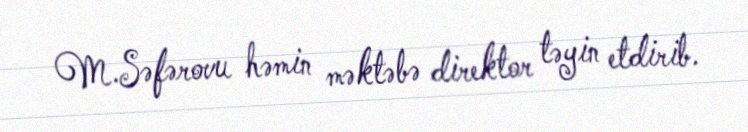
M.Səfərovu həmin məktəbə direktor təyin etdirib.